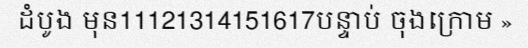
ដំបូង មុន11121314151617បន្ទាប់ ចុងក្រោម »